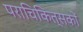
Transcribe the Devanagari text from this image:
पराचिकित्सकों